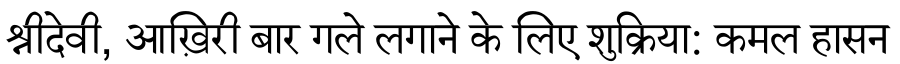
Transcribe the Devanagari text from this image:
श्रीदेवी, आख़िरी बार गले लगाने के लिए शुक्रिया: कमल हासन